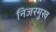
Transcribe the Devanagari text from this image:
निजरमुख